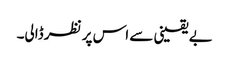
بے یقینی سے اس پر نظر ڈالی۔